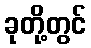
ခုတို့တွင်